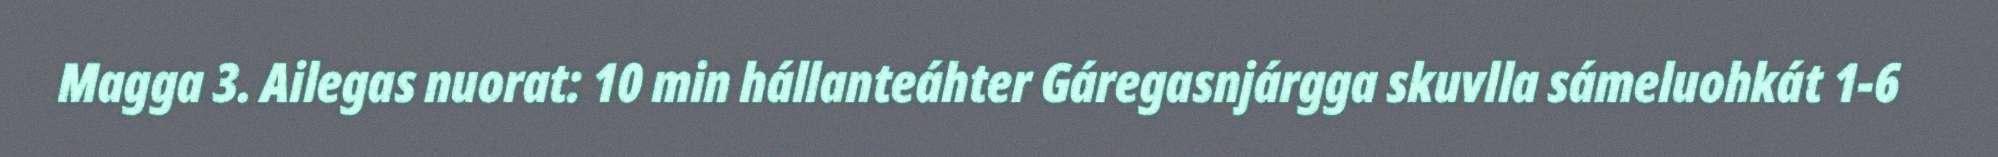
Magga 3. Ailegas nuorat: 10 min hállanteáhter Gáregasnjárgga skuvlla sámeluohkát 1-6